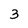
Character: 3